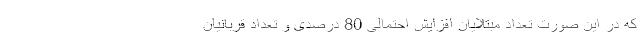
که در این صورت تعداد مبتلایان افزایش احتمالی 80 درصدی و تعداد قربانیان